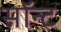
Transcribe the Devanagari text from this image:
सॉन्ट